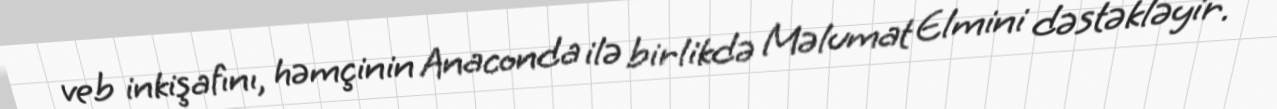
veb inkişafını, həmçinin Anaconda ilə birlikdə Məlumat Elmini dəstəkləyir.